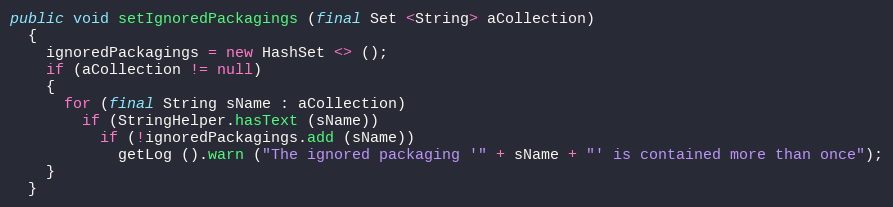
Language: Java
public void setIgnoredPackagings (final Set <String> aCollection)
  {
    ignoredPackagings = new HashSet <> ();
    if (aCollection != null)
    {
      for (final String sName : aCollection)
        if (StringHelper.hasText (sName))
          if (!ignoredPackagings.add (sName))
            getLog ().warn ("The ignored packaging '" + sName + "' is contained more than once");
    }
  }